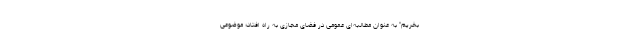
بخریم" به عنوان مطالبه‌ای عمومی در فضای مجازی به راه افتاد؛ موضوعی